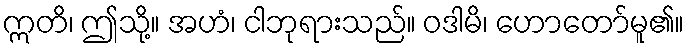
ဣတိ၊ ဤသို့။ အဟံ၊ ငါဘုရားသည်။ ဝဒါမိ၊ ဟောတော်မူ၏။